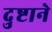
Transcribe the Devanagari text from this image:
दुष्टाने